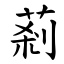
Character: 䓭